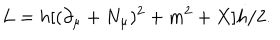
L = h [ ( \partial _ { \mu } + N _ { \mu } ) ^ { 2 } + m ^ { 2 } + X ] h / 2 .